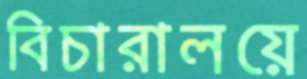
বিচারালয়ে